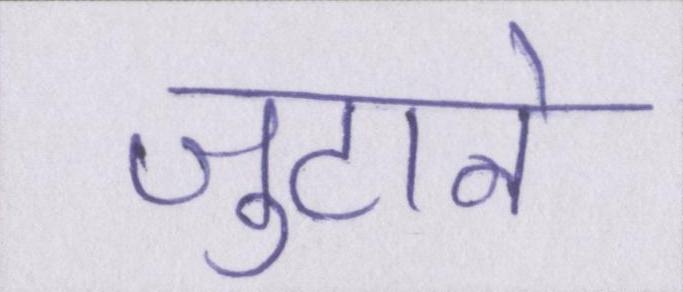
जुटाने